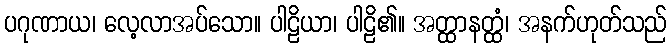
ပဂုဏာယ၊ လေ့လာအပ်သော။ ပါဠိယာ၊ ပါဠိ၏။ အတ္ထာနတ္ထံ၊ အနက်ဟုတ်သည်